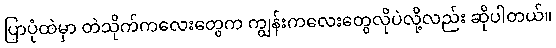
ပြာပုံထဲမှာ တဲသိုက်ကလေးတွေက ကျွန်းကလေးတွေလိုပဲလို့လည်း ဆိုပါတယ်။